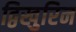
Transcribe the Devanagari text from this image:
द्विखुरिन